Report of the King Institute of Preventive Medicine, Guindy
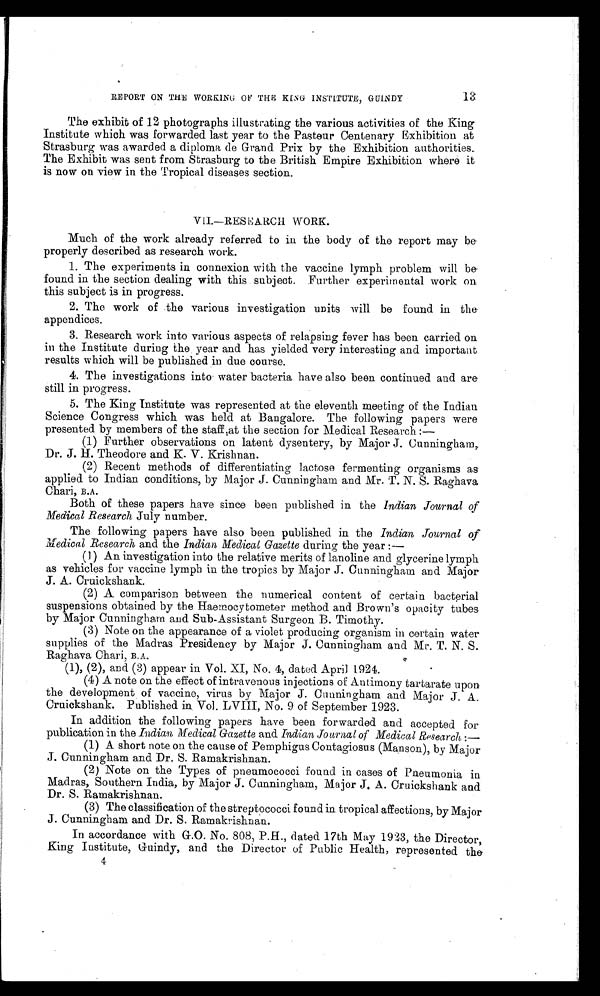
REPORT ON THE WORKING OF THE KING INSTITUTE, GUINDY
The exhibit of 12 photographs illustrating the various activities of the King
Institute which was forwarded last year to the Pasteur Centenary Exhibition at
Strasburg was awarded a diploma de Grand Prix by the Exhibition authorities.
The Exhibit was sent from Strasburg to the British Empire Exhibition where it
is now on view in the Tropical diseases section.
VII.—RESEARCH WORK.
Much of the work already referred to in the body of the report may be
properly described as research work.
1. The experiments in connexion with the vaccine lymph problem will be
found in the section dealing with this subject. Further experimental work on
this subject is in progress.
2. The work of the various investigation units will be found in the
appendices.
3. Research work into various aspects of relapsing fever has been carried on
in the Institute during the year and has yielded very interesting and important
results which will be published in due course.
4. The investigations into water bacteria have also been continued and are
still in progress.
5. The King Institute was represented at the eleventh meeting of the Indian
Science Congress which was held at Bangalore. The following papers were
presented by members of the staff, at the section for Medical Research:
—
(1) Further observations on latent dysentery, by Major J. Cunningham,
Dr. J. H. Theodore and K. V. Krishnan.
(2) Recent methods of differentiating lactose fermenting organisms as
applied to Indian conditions, by Major J. Cunningham and Mr. T. N. S. Raghava
Chari, B.A.
Both of these papers have since been published in the Indian Journal of
Medical Research July number.
The following papers have also been published in the Indian Journal of
Medical Research and the Indian Medical Gazette during the year:
—
(1) An investigation into the relative merits of lanoline and glycerine lymph
as vehicles for vaccine lymph in the tropics by Major J. Cunningham and Major
J. A. Cruickshank.
(2) A comparison between the numerical content of certain bacterial
suspensions obtained by the Haemocytometer method and Brown's opacity tubes
by Major Cunningham and Sub-Assistant Surgeon B. Timothy.
(3) Note on the appearance of a violet producing organism in certain water
supplies of the Madras Presidency by Major J. Cunningham and Mr.T.N.S.
Raghava Chari, B.A.
(1), (2), and (3) appear in Vol. XI, No. 4, dated April 1924.
(4) A note on the effect of intravenous injections of Antimony tartarate upon
the development of vaccine, virus by Major J. Cunningham and Major J. A.
Cruickshank. Published in. Vol. LVIII, No. 9 of September 1923.
In addition the following papers have been forwarded and accepted for
publication in the Indian Medical Gazette and Indian journal of Medical Research : —
(1) A short note on the cause of Pemphigus Contagiosus (Manson), by Major
J. Cunningham and Dr. S. Ramakrishnan.
(2) Note on the Types of pneumococci found in cases of Pneumonia in
Madras, Southern India, by Major J. Cunningham, Major J. A. Cruickshank and
Dr. S. Ramakrishnan.
(3) The classification of the streptococci found in tropical affections, by Major
J. Cunningham and Dr. S. Ramakrishnan.
In accordance with G.O. No. 808, P.H., dated 17th May 1923, the Director,
King Institute, Guindy, and the Director of Public Health, represented the
4